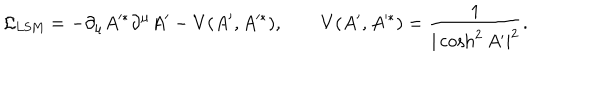
LaTeX: { \cal L } _ { \mathrm { L S M } } = - \partial _ { \mu } A ^ { * } \partial ^ { \mu } A ^ { \prime } - V ( A ^ { \prime } , A ^ { * } ) , \qquad V ( A ^ { \prime } , A ^ { * } ) = { \frac { 1 } { | \cosh ^ { 2 } A ^ { \prime } | ^ { 2 } } } .